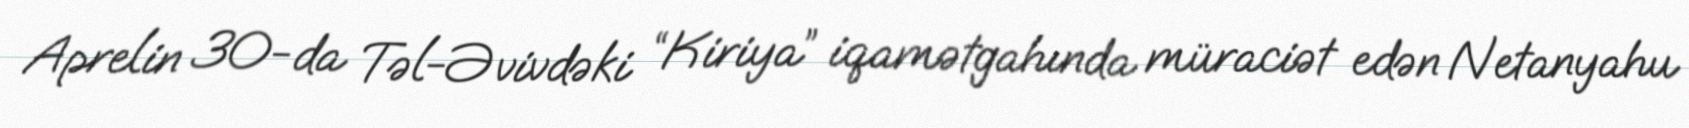
Aprelin 30-da Təl-Əvivdəki “Kiriya” iqamətgahında müraciət edən Netanyahu